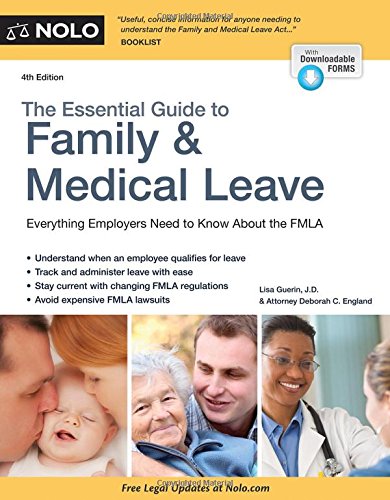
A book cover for Essential Guide to Family & Medical Leave, The; Lisa Guerin J.D.; Business & Money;